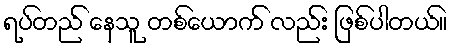
ရပ်တည် နေသူ တစ်ယောက် လည်း ဖြစ်ပါတယ်။